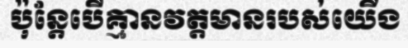
ប៉ុន្តែបើគ្មានវត្តមានរបស់យើង